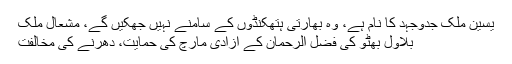
یٰسین ملک جدوجہد کا نام ہے، وہ بھارتی ہتھکنڈوں کے سامنے نہیں جھکیں گے، مشعال ملک
بلاول بھٹو کی فضل الرحمان کے آزادی مارچ کی حمایت، دھرنے کی مخالفت